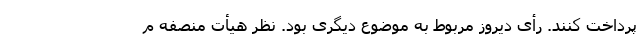
پرداخت کنند. رأی دیروز مربوط به موضوع دیگری بود. نظر هیأت منصفه م